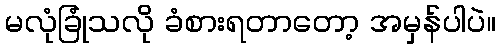
မလုံခြုံသလို ခံစားရတာတော့ အမှန်ပါပဲ။